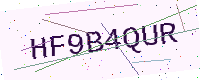
Text: HF9B4QUR